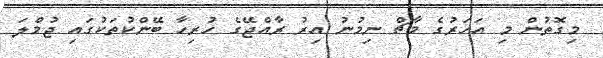
މިގޮތުން މި އަހަރުގެ މާޗް ނިމުނު އިރު ރާއްޖޭގެ ހުރިހާ ބޭންކުތަކުގައި ޖުމްލަ